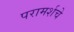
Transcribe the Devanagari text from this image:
परामर्शचे